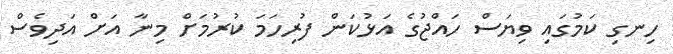
ހިނގި ކަމުގައި ވިޔަސް ހައްޖުގެ އަޅުކަން ފުރިހަމަ ކުރުމަށް މިނާ އަށް އަދިވެސް